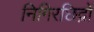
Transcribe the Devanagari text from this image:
निगिरछिद्रों